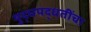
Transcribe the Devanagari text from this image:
युद्धपद्धतींचा